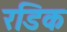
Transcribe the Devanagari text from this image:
रडिक